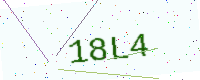
Text: 18L4